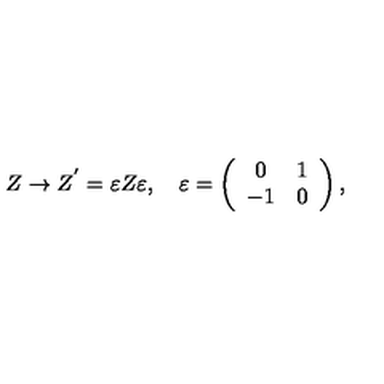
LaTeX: Z \rightarrow Z ^ { ' } = \varepsilon Z \varepsilon , \quad \varepsilon = \left( \begin{array} { c r c } { 0 } & { 1 } \\ { - 1 } & { 0 } \\ \end{array} \right) ,